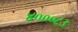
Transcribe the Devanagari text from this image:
४०००८३